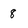
Character: 8